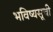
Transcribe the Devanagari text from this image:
भविष्यसूची